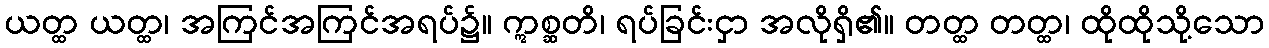
ယတ္ထ ယတ္ထ၊ အကြင်အကြင်အရပ်၌။ ဣစ္ဆတိ၊ ရပ်ခြင်းငှာ အလိုရှိ၏။ တတ္ထ တတ္ထ၊ ထိုထိုသို့သော